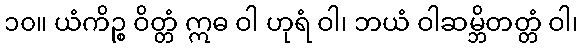
၁၀။ ယံကိဉ္စ ဝိတ္တံ ဣဓ ဝါ ဟုရံ ဝါ၊ ဘယံ ဝါဆမ္ဘိတတ္တံ ဝါ၊